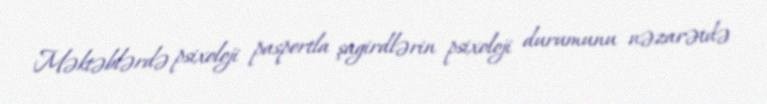
Məktəblərdə psixoloji pasportla şagirdlərin psixoloji durumunu nəzarətdə